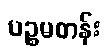
ပဉ္စမတန်း